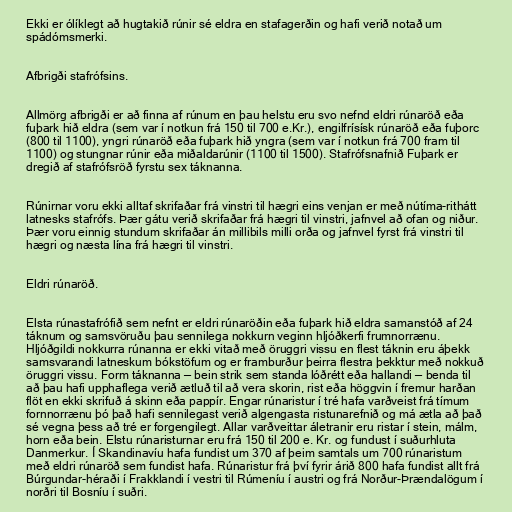
Ekki er ólíklegt að hugtakið rúnir sé eldra en stafagerðin og hafi verið notað um
spádómsmerki.

Afbrigði stafrófsins.

Allmörg afbrigði er að finna af rúnum en þau helstu eru svo nefnd eldri rúnaröð eða
fuþark hið eldra (sem var í notkun frá 150 til 700 e.Kr.), engilfrísísk rúnaröð eða fuþorc
(800 til 1100), yngri rúnaröð eða fuþark hið yngra (sem var í notkun frá 700 fram til
1100) og stungnar rúnir eða miðaldarúnir (1100 til 1500). Stafrófsnafnið Fuþark er
dregið af stafrófsröð fyrstu sex táknanna.

Rúnirnar voru ekki alltaf skrifaðar frá vinstri til hægri eins venjan er með nútíma-rithátt
latnesks stafrófs. Þær gátu verið skrifaðar frá hægri til vinstri, jafnvel að ofan og niður.
Þær voru einnig stundum skrifaðar án millibils milli orða og jafnvel fyrst frá vinstri til
hægri og næsta lína frá hægri til vinstri.

Eldri rúnaröð.

Elsta rúnastafrófið sem nefnt er eldri rúnaröðin eða fuþark hið eldra samanstóð af 24
táknum og samsvöruðu þau sennilega nokkurn veginn hljóðkerfi frumnorrænu.
Hljóðgildi nokkurra rúnanna er ekki vitað með öruggri vissu en flest táknin eru áþekk
samsvarandi latneskum bókstöfum og er framburður þeirra flestra þekktur með nokkuð
öruggri vissu. Form táknanna — bein strik sem standa lóðrétt eða hallandi — benda til
að þau hafi upphaflega verið ætluð til að vera skorin, rist eða höggvin í fremur harðan
flöt en ekki skrifuð á skinn eða pappír. Engar rúnaristur í tré hafa varðveist frá tímum
fornnorrænu þó það hafi sennilegast verið algengasta ristunarefnið og má ætla að það
sé vegna þess að tré er forgengilegt. Allar varðveittar áletranir eru ristar í stein, málm,
horn eða bein. Elstu rúnaristurnar eru frá 150 til 200 e. Kr. og fundust í suðurhluta
Danmerkur. Í Skandinavíu hafa fundist um 370 af þeim samtals um 700 rúnaristum
með eldri rúnaröð sem fundist hafa. Rúnaristur frá því fyrir árið 800 hafa fundist allt frá
Búrgundar-héraði í Frakklandi í vestri til Rúmeníu í austri og frá Norður-Þrændalögum í
norðri til Bosníu í suðri.